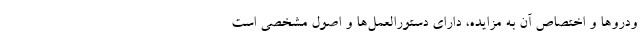
ودروها و اختصاص آن به مزایده، دارای دستورالعمل‌ها و اصول مشخصی است